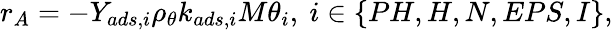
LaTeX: r_{A}=-Y_{ads,i}\rho_{\theta}k_{ads,i}M\theta_{i},\ i\in\{ PH,H,N,EPS,I\} ,